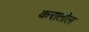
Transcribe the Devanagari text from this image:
करातील